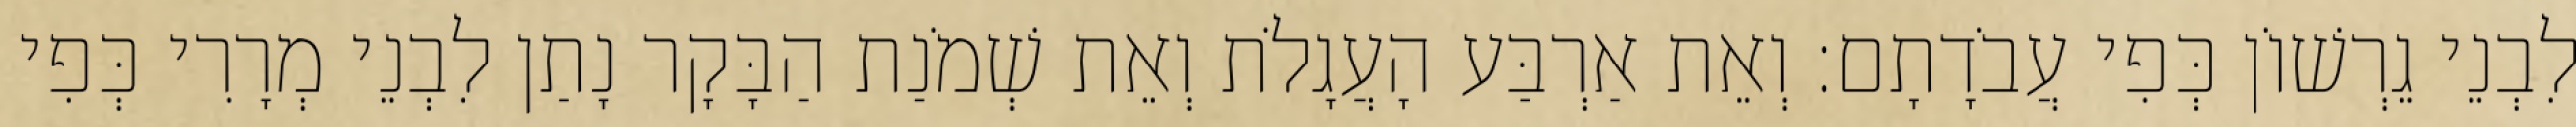
לִבְנֵי גֵרְשׁוֹן כְּפִי עֲבֹדָתָם׃ וְאֵת אַרְבַּע הָעֲגָלֹת וְאֵת שְׁמֹנַת הַבָּקָר נָתַן לִבְנֵי מְרָרִי כְּפִי